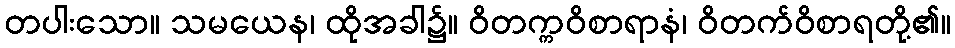
တပါးသော။ သမယေန၊ ထိုအခါ၌။ ဝိတက္ကဝိစာရာနံ၊ ဝိတက်ဝိစာရတို့၏။